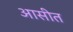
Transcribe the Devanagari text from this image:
आसीत